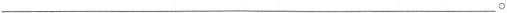
___。